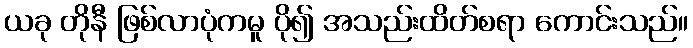
ယခု တိုနီ ဖြစ်လာပုံကမူ ပို၍ အသည်းထိတ်စရာ ကောင်းသည်။